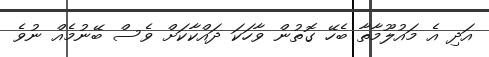
އަދި އެ މައުލޫމާތާ ބެހޭ ގޮތުން ވާހަކަ ދައްކާކަށް ވެސް ބޭނުމެއް ނުވެ